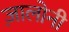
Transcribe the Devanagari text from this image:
ज़ालोनी